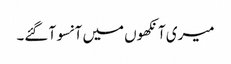
میری آنکھوں میں آنسو آ گئے۔